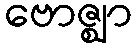
ဗောဇ္ဈာ